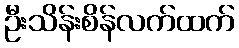
ဦးသိန်းစိန်လက်ထက်